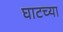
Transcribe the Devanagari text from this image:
घाटच्या